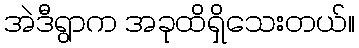
အဲဒီရွာက အခုထိရှိသေးတယ်။